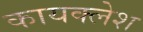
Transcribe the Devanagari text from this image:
कायक्लेश